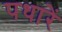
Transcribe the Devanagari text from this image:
पधारें